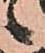
之